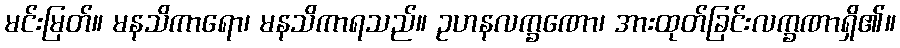
မင်းမြတ်။ မနသိကာရော၊ မနသိကာရသည်။ ဥဟနလက္ခဏော၊ အားထုတ်ခြင်းလက္ခဏာရှိ၏။